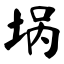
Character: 埚